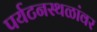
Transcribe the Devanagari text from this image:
पर्यटनस्थळांवर